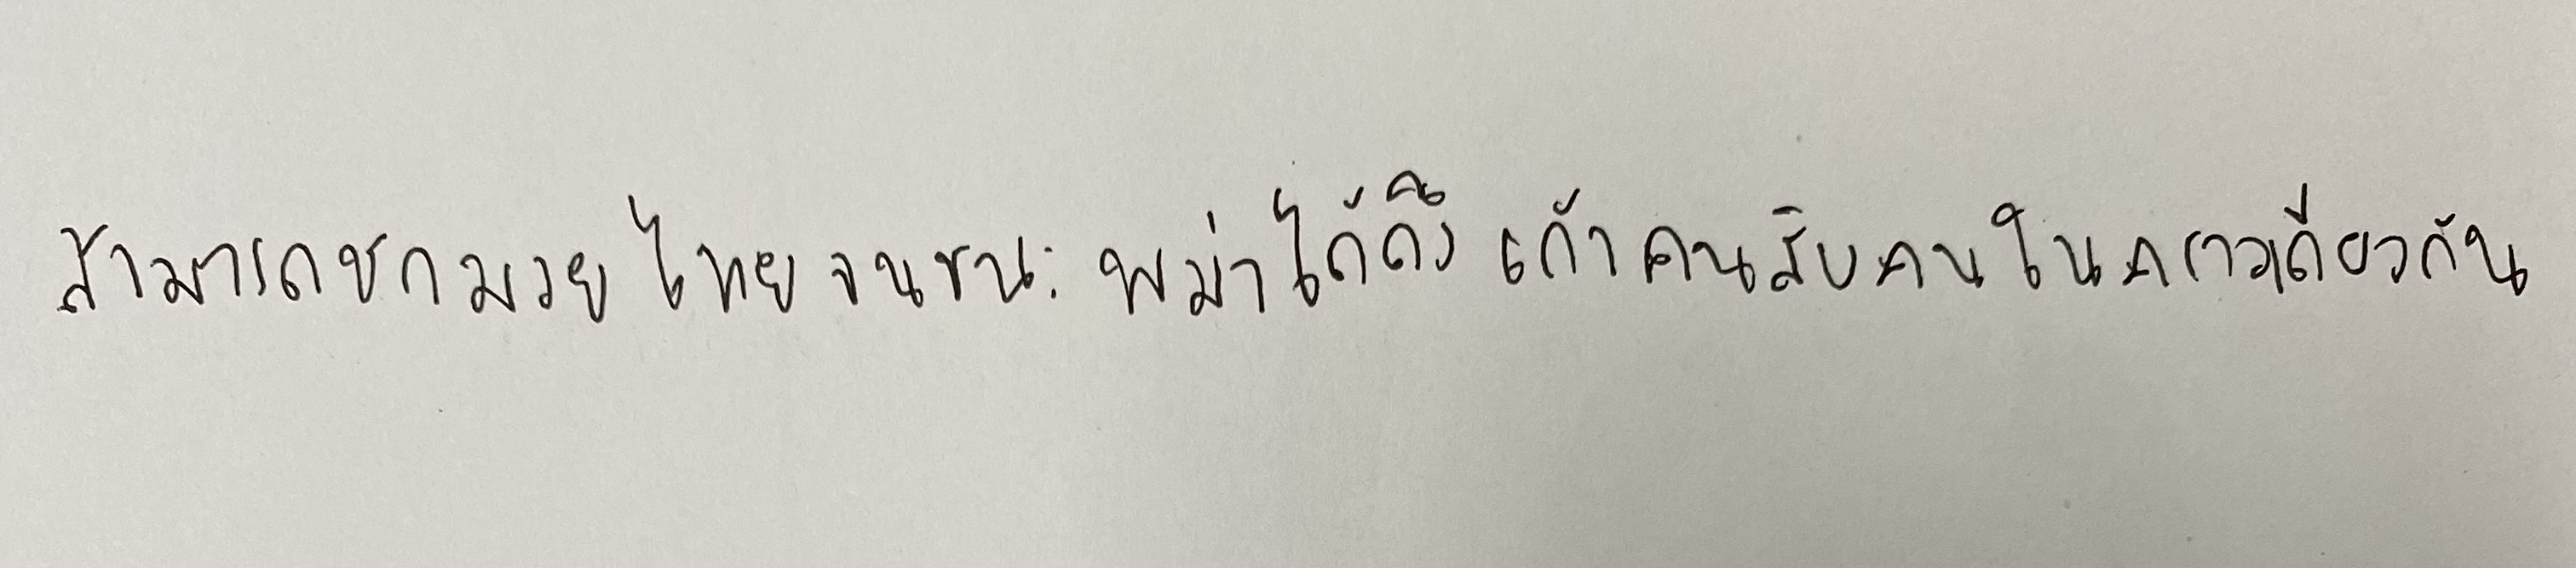
สามารถชกมวยไทยจนชนะพม่าได้ถึงเก้าคนสิบคนในคราวเดียวกัน